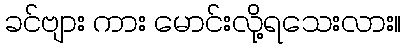
ခင်ဗျား ကား မောင်းလို့ရသေးလား။